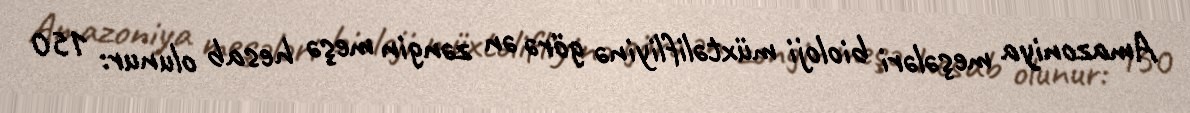
Amazoniya meşələri bioloji müxtəlifliyinə görə ən zəngin meşə hesab olunur: 150